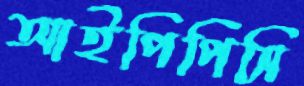
আইপিপিসি